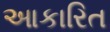
આકારિત